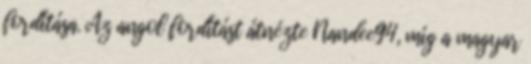
fordítása. Az angol fordítást átnézte Nandee94, míg a magyar